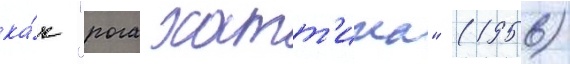
ка́к "рога хатт'ина" (1956)